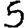
Digit: 5